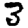
Digit: 3